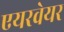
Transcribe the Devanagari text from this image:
एयरवेयर